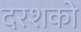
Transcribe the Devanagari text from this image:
दरशको